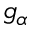
g _ { \alpha }